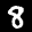
Label: 8